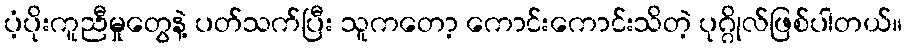
ပံ့ပိုးကူညီမှုတွေနဲ့ ပတ်သက်ပြီး သူကတော့ ကောင်းကောင်းသိတဲ့ ပုဂ္ဂိုလ်ဖြစ်ပါတယ်။